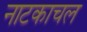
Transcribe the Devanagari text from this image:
नाटकाचल